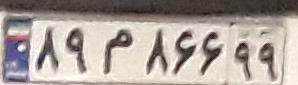
۸۹م۸۶۶۹۹